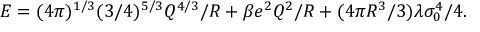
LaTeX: E = ( 4 \pi ) ^ { 1 / 3 } ( 3 / 4 ) ^ { 5 / 3 } Q ^ { 4 / 3 } / R + \beta e ^ { 2 } Q ^ { 2 } / R + ( 4 \pi R ^ { 3 } / 3 ) \lambda \sigma _ { 0 } ^ { 4 } / 4 .